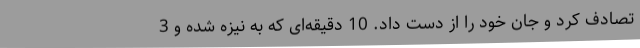
تصادف کرد و جان خود را از دست داد. 10 دقیقه‌ای که به نیزه شده و 3